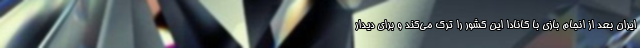
ایران بعد از انجام بازی با کانادا این کشور را ترک می‌کند و برای دیدار